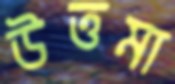
উত্তমা